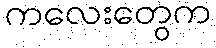
ကလေးတွေက